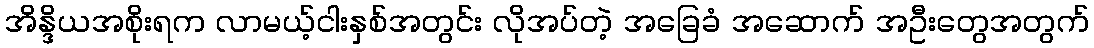
အိန္ဒိယအစိုးရက လာမယ့်ငါးနှစ်အတွင်း လိုအပ်တဲ့ အခြေခံ အဆောက် အဦးတွေအတွက်